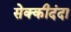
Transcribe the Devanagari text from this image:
सेक्कीदंदा